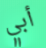
أبي